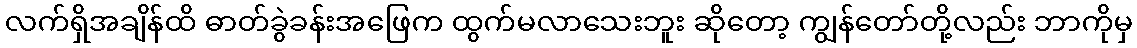
လက်ရှိအချိန်ထိ ဓာတ်ခွဲခန်းအဖြေက ထွက်မလာသေးဘူး ဆိုတော့ ကျွန်တော်တို့လည်း ဘာကိုမှ